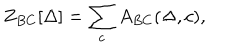
LaTeX: Z _ { B C } [ \Delta ] = \sum _ { c } A _ { B C } ( \Delta , c ) ,